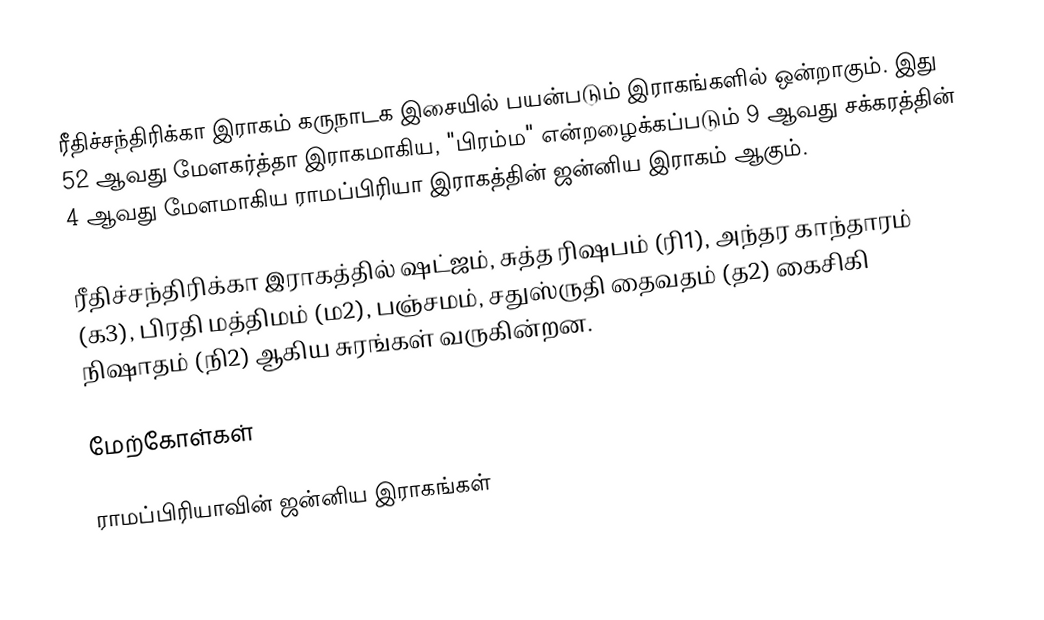
ரீதிச்சந்திரிக்கா இராகம் கருநாடக இசையில் பயன்படும் இராகங்களில் ஒன்றாகும். இது 52 ஆவது மேளகர்த்தா இராகமாகிய, "பிரம்ம" என்றழைக்கப்படும் 9 ஆவது சக்கரத்தின் 4 ஆவது மேளமாகிய ராமப்பிரியா இராகத்தின் ஜன்னிய இராகம் ஆகும்.

ரீதிச்சந்திரிக்கா இராகத்தில் ஷட்ஜம், சுத்த ரிஷபம் (ரி1), அந்தர காந்தாரம் (க3), பிரதி மத்திமம் (ம2), பஞ்சமம், சதுஸ்ருதி தைவதம் (த2) கைசிகி நிஷாதம் (நி2) ஆகிய சுரங்கள் வருகின்றன.

மேற்கோள்கள்

ராமப்பிரியாவின் ஜன்னிய இராகங்கள்